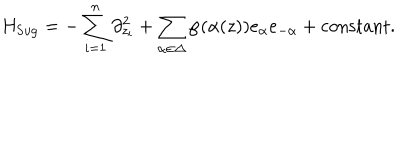
H _ { \mathrm { S u g } } = - \sum _ { i = 1 } ^ { n } \partial _ { z _ { i } } ^ { 2 } + \sum _ { \alpha \in \Delta } \wp ( \alpha ( z ) ) e _ { \alpha } e _ { - \alpha } + \mathrm { c o n s t a n t } .